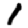
Digit: 1